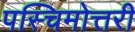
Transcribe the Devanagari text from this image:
पस्चिमोत्तरी